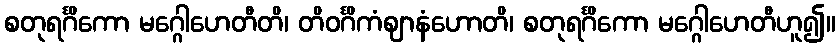
စတုရင်္ဂိကော မဂ္ဂေါဟေတီတိ၊ တိဝင်္ဂိကံဈာနံဟောတိ၊ စတုရင်္ဂိကော မဂ္ဂေါဟေတီဟူ၍။